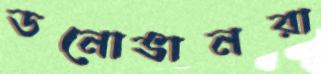
ডনোভানরা